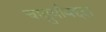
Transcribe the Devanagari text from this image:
चातुर्याबद्दल